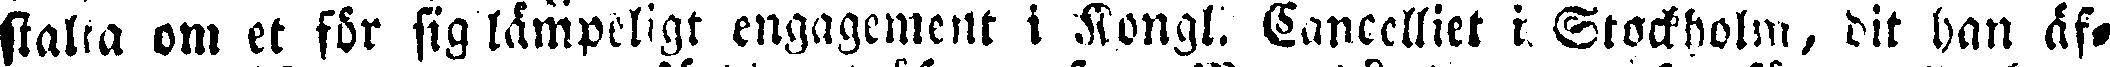
skalla om et för sig lämpeligt engagement i Kongl. Cancelliet i Stockholm, dit han äf-